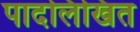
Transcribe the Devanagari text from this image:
पादलिखित